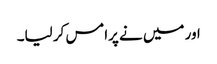
اور میں نے پرامس کر لیا۔